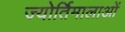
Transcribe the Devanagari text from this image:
ज्योर्तिमालाओं